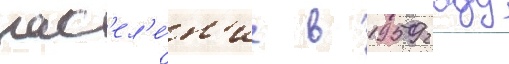
нас'ел'е́н'ие в 1959 году